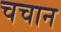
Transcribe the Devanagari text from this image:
चचान